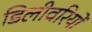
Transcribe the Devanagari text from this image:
डिलीवरियों